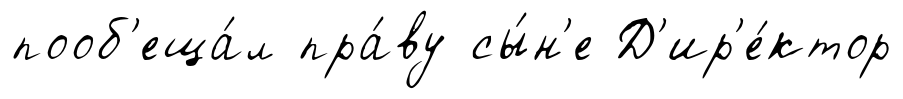
пооб'еща́л пра́ву сы́н'е Д'ир'е́ктор